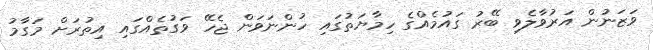
ވަޒަނުން އަރުވާލެވި ބޭރު ގައުމެއްގެ ހިމާޔަތުގައި ހުންނަވަން ޖެހޭ ވަގުތެއްގައި އިތުރަށް މަގާމު